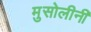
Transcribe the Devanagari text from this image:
मुसोलीनी